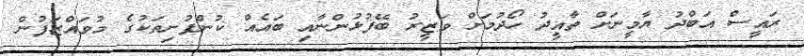
ރައީސް އަބްދު ޔާމީނަށް ތާއީދު ހޯދުމަށް ވަޒީރު ބޭފުޅުންނާއި ބައެއް ކުންފުނިތަކުގެ މުވައްޒަފުން